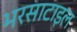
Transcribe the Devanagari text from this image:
भरसाटाइल